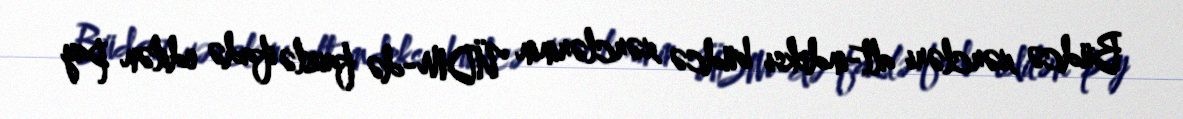
Büdcə xərcləri alt-indeksi büdcə xərclərinin ÜDM-də faizlə ifadə edilən pay